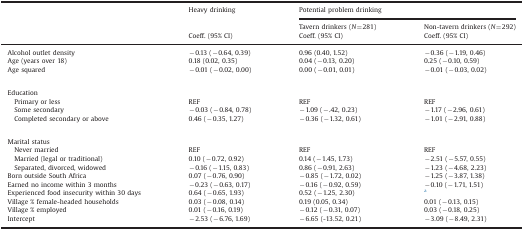
<table><thead><tr><td></td><td><b>Heavy drinking</b></td><td colspan="2"><b>Potential problem drinking</b></td></tr><tr><td></td><td></td><td><b>Tavern drinkers (<i>N</i>=281)</b></td><td><b>Non-tavern drinkers (<i>N</i>=292)</b></td></tr><tr><td></td><td><b>Coeff. (95% CI)</b></td><td><b>Coeff. (95% CI)</b></td><td><b>Coeff. (95% CI)</b></td></tr></thead><tbody><tr><td>Alcohol outlet density</td><td>−0.13 (−0.64, 0.39)</td><td>0.96 (0.40, 1.52)</td><td>−0.36 (−1.19, 0.46)</td></tr><tr><td>Age (years over 18)</td><td>0.18 (0.02, 0.35)</td><td>0.04 (−0.13, 0.20)</td><td>0.25 (−0.10, 0.59)</td></tr><tr><td>Age squared</td><td>−0.01 (−0.02, 0.00)</td><td>0.00 (−0.01, 0.01)</td><td>−0.01 (−0.03, 0.02)</td></tr><tr><td>  </td><td>  </td><td>  </td><td>  </td></tr><tr><td>Education</td><td></td><td></td><td></td></tr><tr><td> Primary or less</td><td>REF</td><td>REF</td><td>REF</td></tr><tr><td> Some secondary</td><td>−0.03 (−0.84, 0.78)</td><td>−1.09 (−.42, 0.23)</td><td>−1.17 (−2.96, 0.61)</td></tr><tr><td> Completed secondary or above</td><td>0.46 (−0.35, 1.27)</td><td>−0.36 (−1.32, 0.61)</td><td>−1.01 (−2.91, 0.88)</td></tr><tr><td>  </td><td>  </td><td>  </td><td>  </td></tr><tr><td>Marital status</td><td></td><td></td><td></td></tr><tr><td> Never married</td><td>REF</td><td>REF</td><td>REF</td></tr><tr><td> Married (legal or traditional)</td><td>0.10 (−0.72, 0.92)</td><td>0.14 (−1.45, 1.73)</td><td>−2.51 (−5.57, 0.55)</td></tr><tr><td> Separated, divorced, widowed</td><td>−0.16 (−1.15, 0.83)</td><td>0.86 (−0.91, 2.63)</td><td>−1.23 (−4.68, 2.23)</td></tr><tr><td>Born outside South Africa</td><td>0.07 (−0.76, 0.90)</td><td>−0.85 (−1.72, 0.02)</td><td>−1.25 (−3.87, 1.38)</td></tr><tr><td>Earned no income within 3 months</td><td>−0.23 (−0.63, 0.17)</td><td>−0.16 (−0.92, 0.59)</td><td>−0.10 (−1.71, 1.51)</td></tr><tr><td>Experienced food insecurity within 30 days</td><td>0.64 (−0.65, 1.93)</td><td>0.52 (−1.25, 2.30)</td><td>a</td></tr><tr><td>Village % female-headed households</td><td>0.03 (−0.08, 0.14)</td><td>0.19 (0.05, 0.34)</td><td>0.01 (−0.13, 0.15)</td></tr><tr><td>Village % employed</td><td>0.01 (−0.16, 0.19)</td><td>−0.12 (−0.31, 0.07)</td><td>0.03 (−0.18, 0.25)</td></tr><tr><td>Intercept</td><td>−2.53 (−6.76, 1.69)</td><td>−6.65 (-13.52, 0.21)</td><td>−3.09 (−8.49, 2.31)</td></tr></tbody></table>